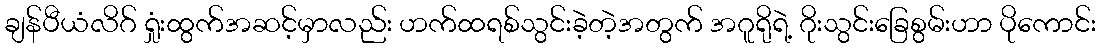
ချန်ပီယံလိဂ် ရှုံးထွက်အဆင့်မှာလည်း ဟက်ထရစ်သွင်းခဲ့တဲ့အတွက် အဂူရိုရဲ့ ဂိုးသွင်းခြေစွမ်းဟာ ပိုကောင်း